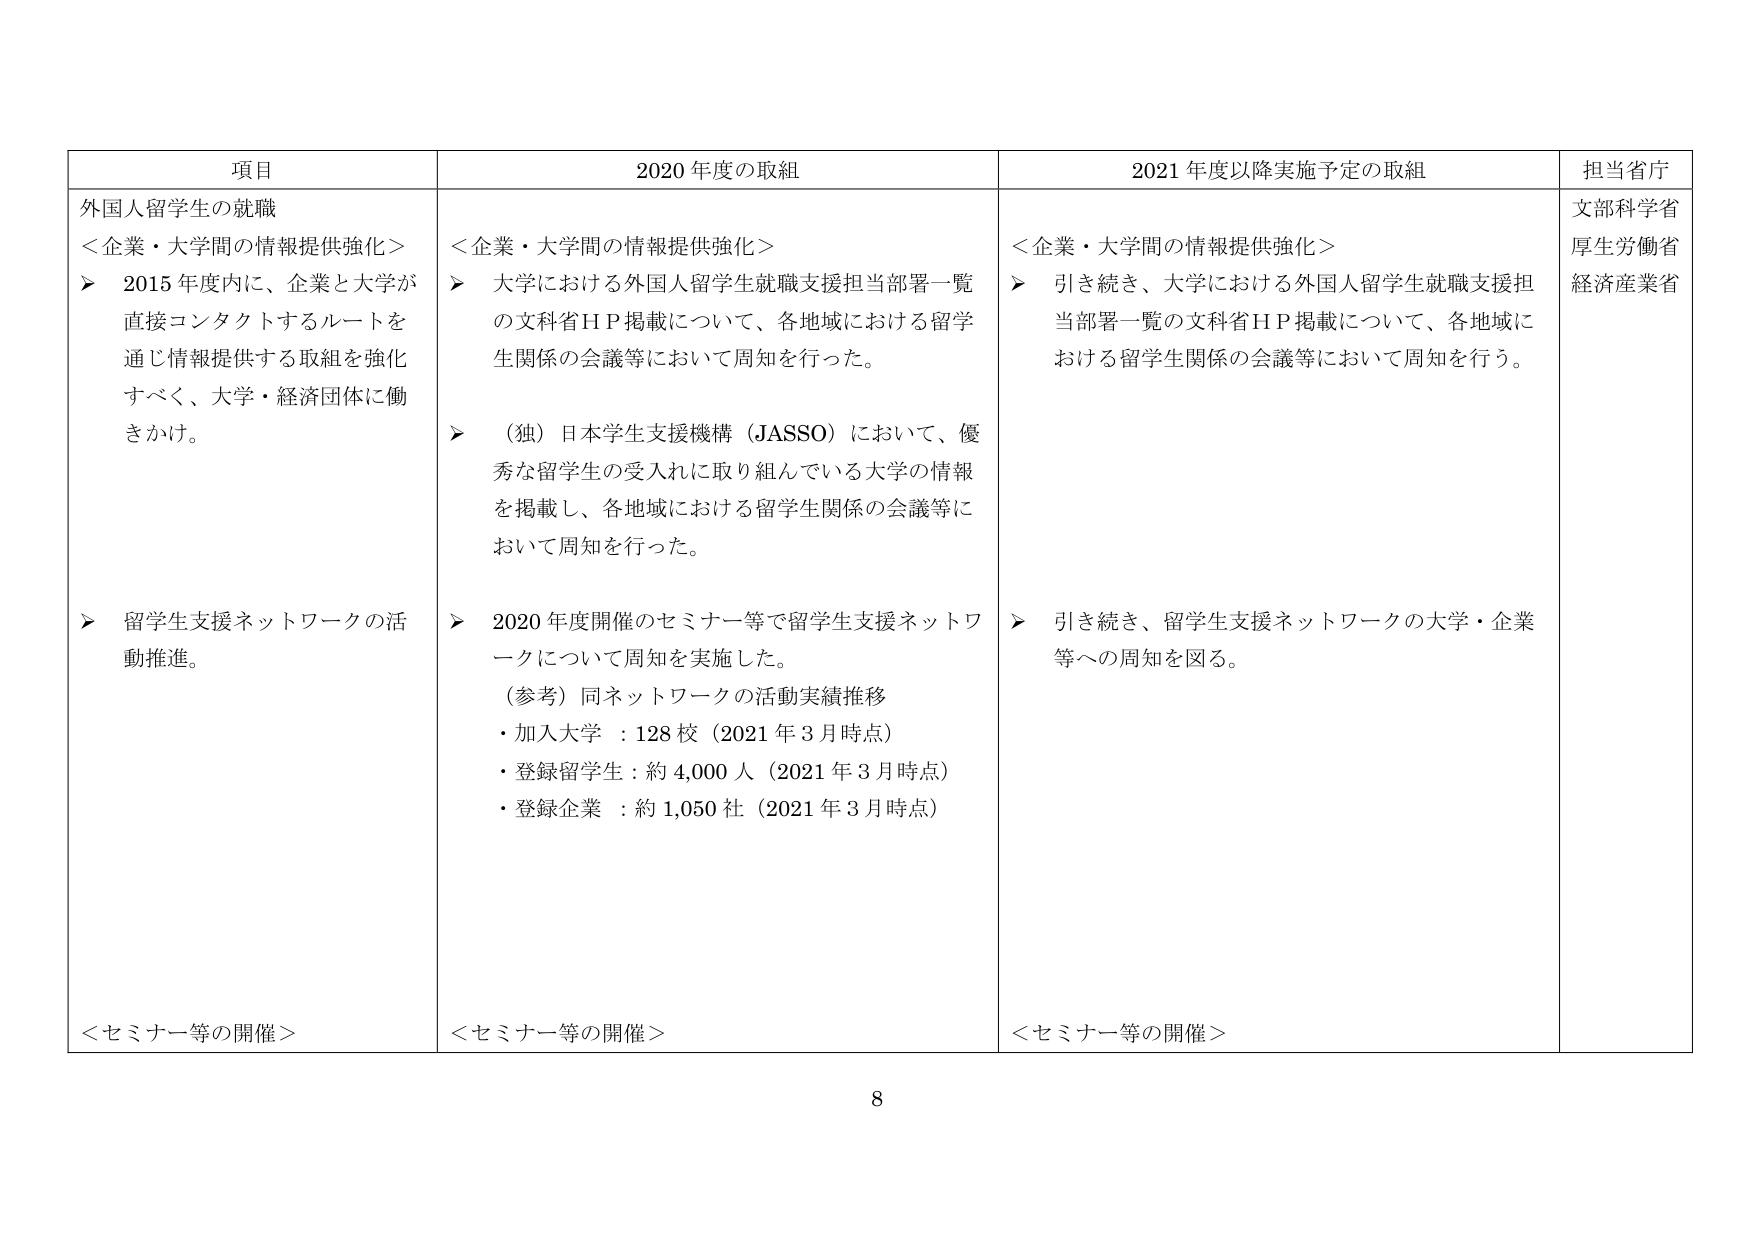
項目
2020年度の取組
2021年度以降実施予定の取組
担当省庁
外国人留学生の就職
＜企業・大学間の情報提供強化＞
➤ 2015年度内に、企業と大学が直接コンタクトするルートを通じ情報提供する取組を強化すべく、大学・経済団体に働きかけ。
➤ 留学生支援ネットワークの活動推進。
＜企業・大学間の情報提供強化＞
➤ 大学における外国人留学生就職支援担当部署一覧の文科省ＨＰ掲載について、各地域における留学生関係の会議等において周知を行った。
➤ （独）日本学生支援機構（JASSO）において、優秀な留学生の受入れに取り組んでいる大学の情報を掲載し、各地域における留学生関係の会議等において周知を行った。
➤ 2020年度開催のセミナー等で留学生支援ネットワークについて周知を実施した。
（参考）同ネットワークの活動実績推移
・加入大学 ：128校（2021年3月時点）
・登録留学生：約4,000人（2021年3月時点）
・登録企業 ：約1,050社（2021年3月時点）
＜企業・大学間の情報提供強化＞
➤ 引き続き、大学における外国人留学生就職支援担当部署一覧の文科省ＨＰ掲載について、各地域における留学生関係の会議等において周知を行う。
➤ 引き続き、留学生支援ネットワークの大学・企業等への周知を図る。
＜セミナー等の開催＞
＜セミナー等の開催＞
＜セミナー等の開催＞
文部科学省
厚生労働省
経済産業省
8